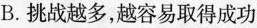
B.挑战越多，越容易取得成功